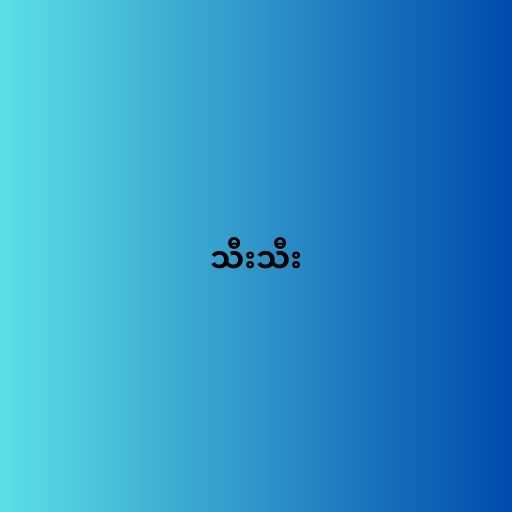
သီးသီး